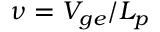
\nu = V _ { g e } / L _ { p }